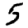
Digit: 5